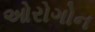
ઓરોગોન